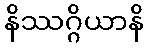
နိဿဂ္ဂိယာနိ